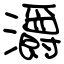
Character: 灂